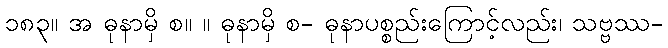
၁၈၃။ အ ဓုနာမှိ စ။ ။ ဓုနာမှိ စ- ဓုနာပစ္စည်းကြောင့်လည်း၊ သဗ္ဗဿ-